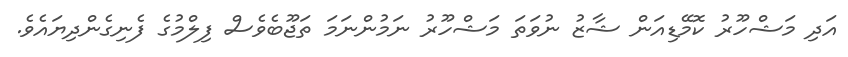
އަދި މަޝްހޫރު ކޮމޭޑިއަން ޝާޒު ނުވަތަ މަޝްހޫރު ނަމުންނަމަ ތަޖޫބެވެސް ފިލްމުގެ ފެނިގެންދިޔައެވެ.